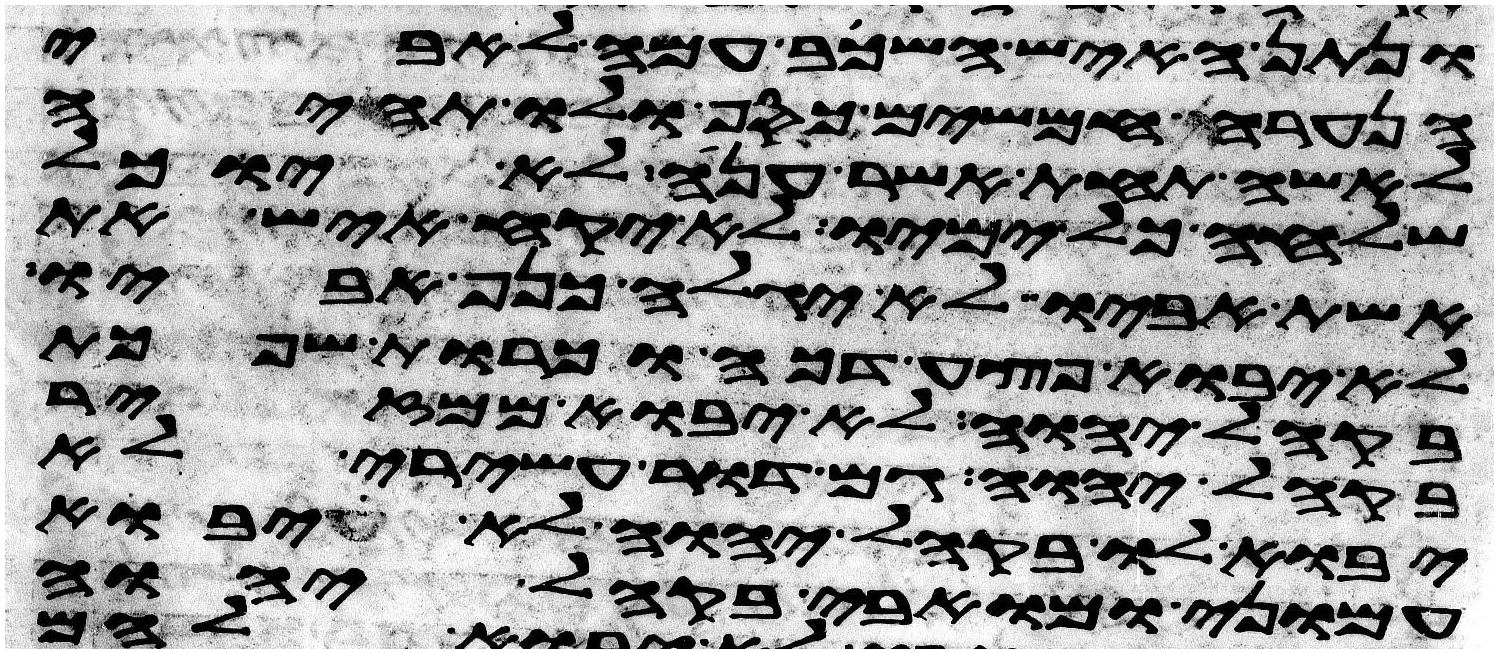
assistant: ונתן האיש השכב עמה לאבי
הנערה חמשים כסף ולו תהיה
לאשה תחת אשר ענה לא יוכל
שלחה כל ימיו לא יקח איש את
אשת אביו ולא יגלה כנף אביו
לא יבוא פצע דכה וכרות שפכת
בקהל יהוה לא יבוא ממזר
בקהל יהוה גם דור עשירי לא
יבוא לו בקהל יהוה לא יבוא
עמוני ומואבי בקהל יהוה